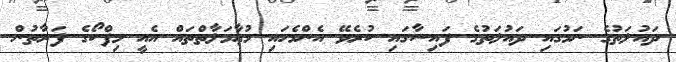
ދައުލަތުގެ ނަމުގައި ދައުލަތުގެ ފައިސާގައި ކުރެވޭ އެންމެހައި މުޢާމަލާތްތައް އެއީ މިފްކޯގެ ފަރާތުން